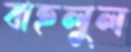
বাহলুল